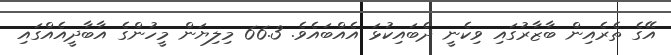
އޭގެ ތެރެއިން ބާޒާރުގައި ވިކެނީ ދެބައިކުޅަ އެއްބައެވެ. 66.3 މިލިޔަން މީހުންގެ އާބާދީއެއްގައި